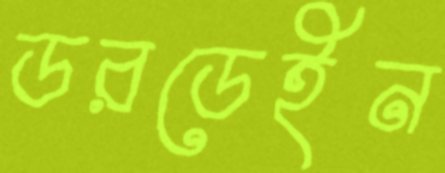
ডরডেইন